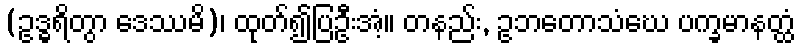
(ဥဒ္ဓရိတွာ ဒေဿမိ)၊ ထုတ်၍ပြဦးအံ့။ တနည်း, ဥဘတောသံဃေ ပက္ခမာနတ္ထံ